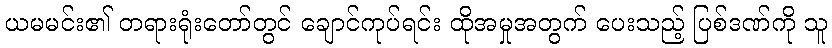
ယမမင်း၏ တရားရုံးတော်တွင် ချောင်ကုပ်ရင်း ထိုအမှုအတွက် ပေးသည့် ပြစ်ဒဏ်ကို သူ